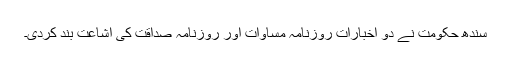
سندھ حکومت نے دو اخبارات روزنامہ مساوات اور روزنامہ صداقت کی اشاعت بند کردی۔